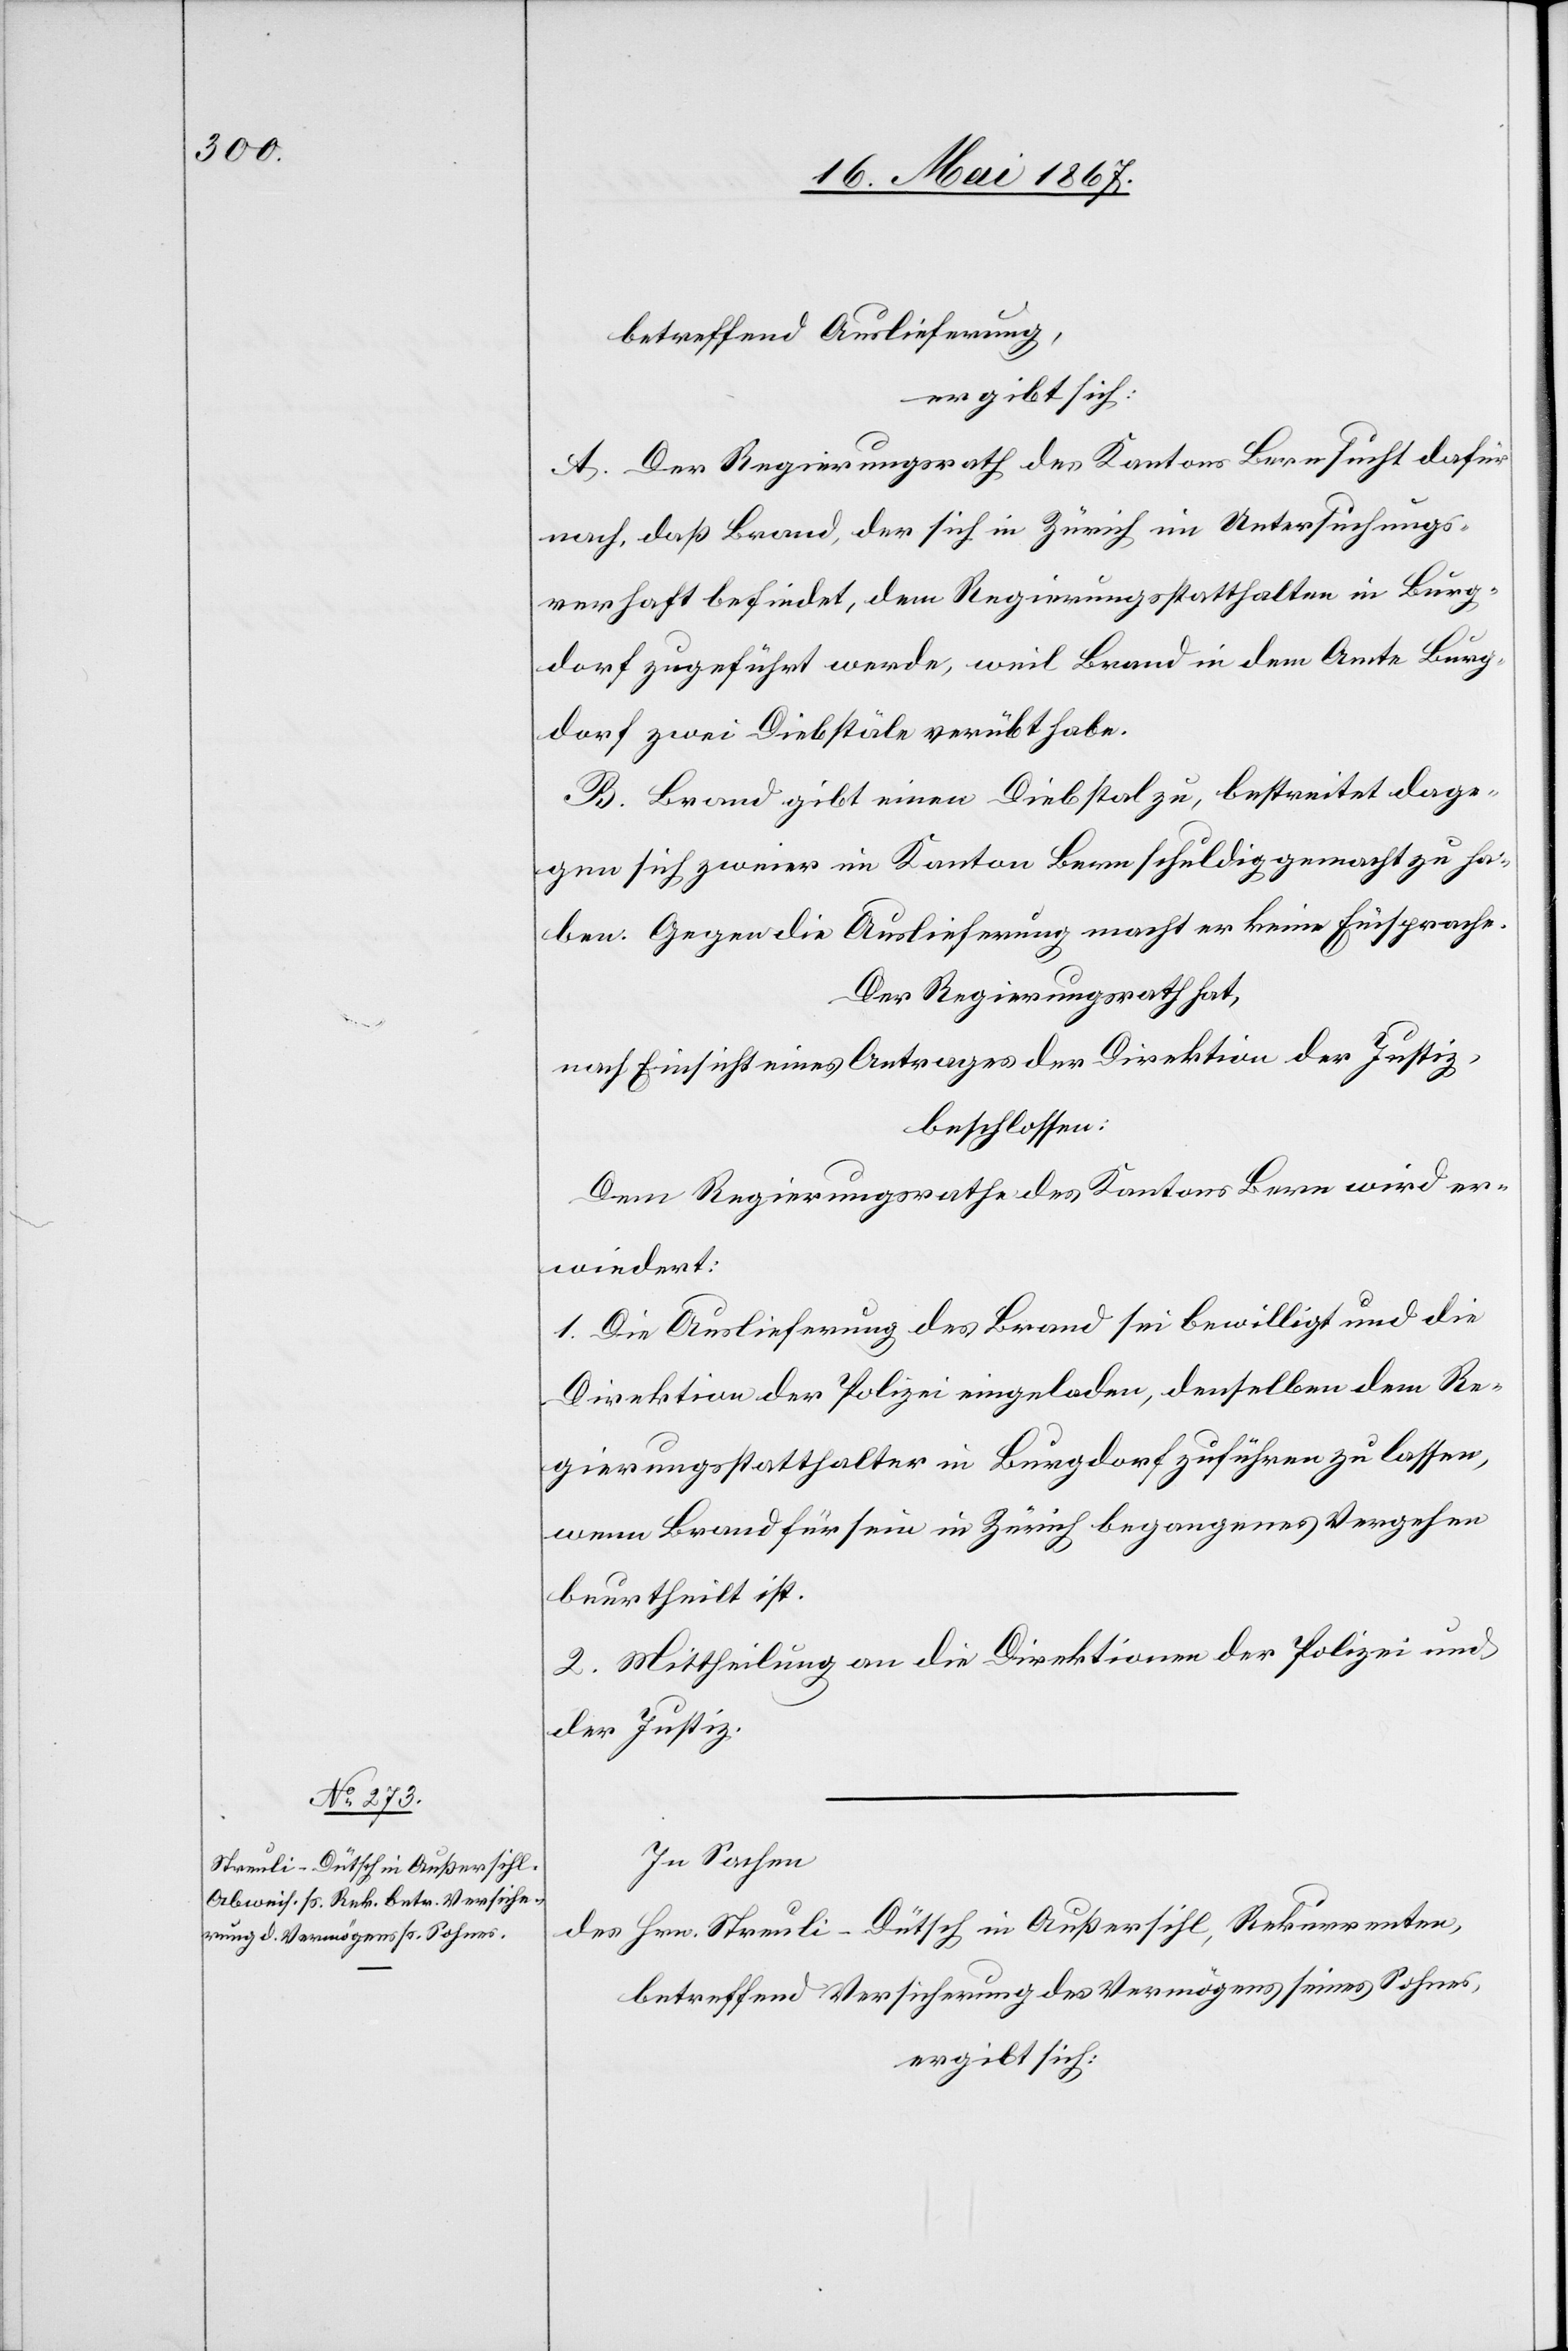
betreffend Auslieferung
ergibt sich:
A. Der Regierungsrath des Kantons Bern sucht dafür
nach, daß Brand, der sich in Zürich in Untersuchungs¬
verhaft befindet, dem Regierungsstatthalter in Burg¬
dorf zugeführt werde, weil Brand in dem Amte Burg¬
dorf zwei Diebstäle verübt habe.
B. Brand gibt einen Diebstal zu, bestreitet dage¬
gen sich zweier im Kanton Bern schuldig gemacht zu ha¬
ben. Gegen die Auslieferung macht er keine Einsprache.
Der Regierungsrath hat,
nach Einsicht eines Antrages der Direktion der Justiz,
beschlossen:
Dem Regierungsrathe des Kantons Bern wird er¬
wiedert:
1. Die Auslieferung des Brand sei bewilligt und die
Direktion der Polizei eingeladen, denselben dem Re¬
gierungsstatthalter in Burgdorf zuführen zu lassen,
wenn Brand für sein in Zürich begangenes Vergehen
beurtheilt ist.
2. Mittheilung an die Direktionen der Polizei und
der Justiz.
In Sachen
des Hrn. Streuli-Dütsch in Außersihl, Rekurrenten,
betreffend Versicherung des Vermögens seines Sohnes,
ergibt sich: